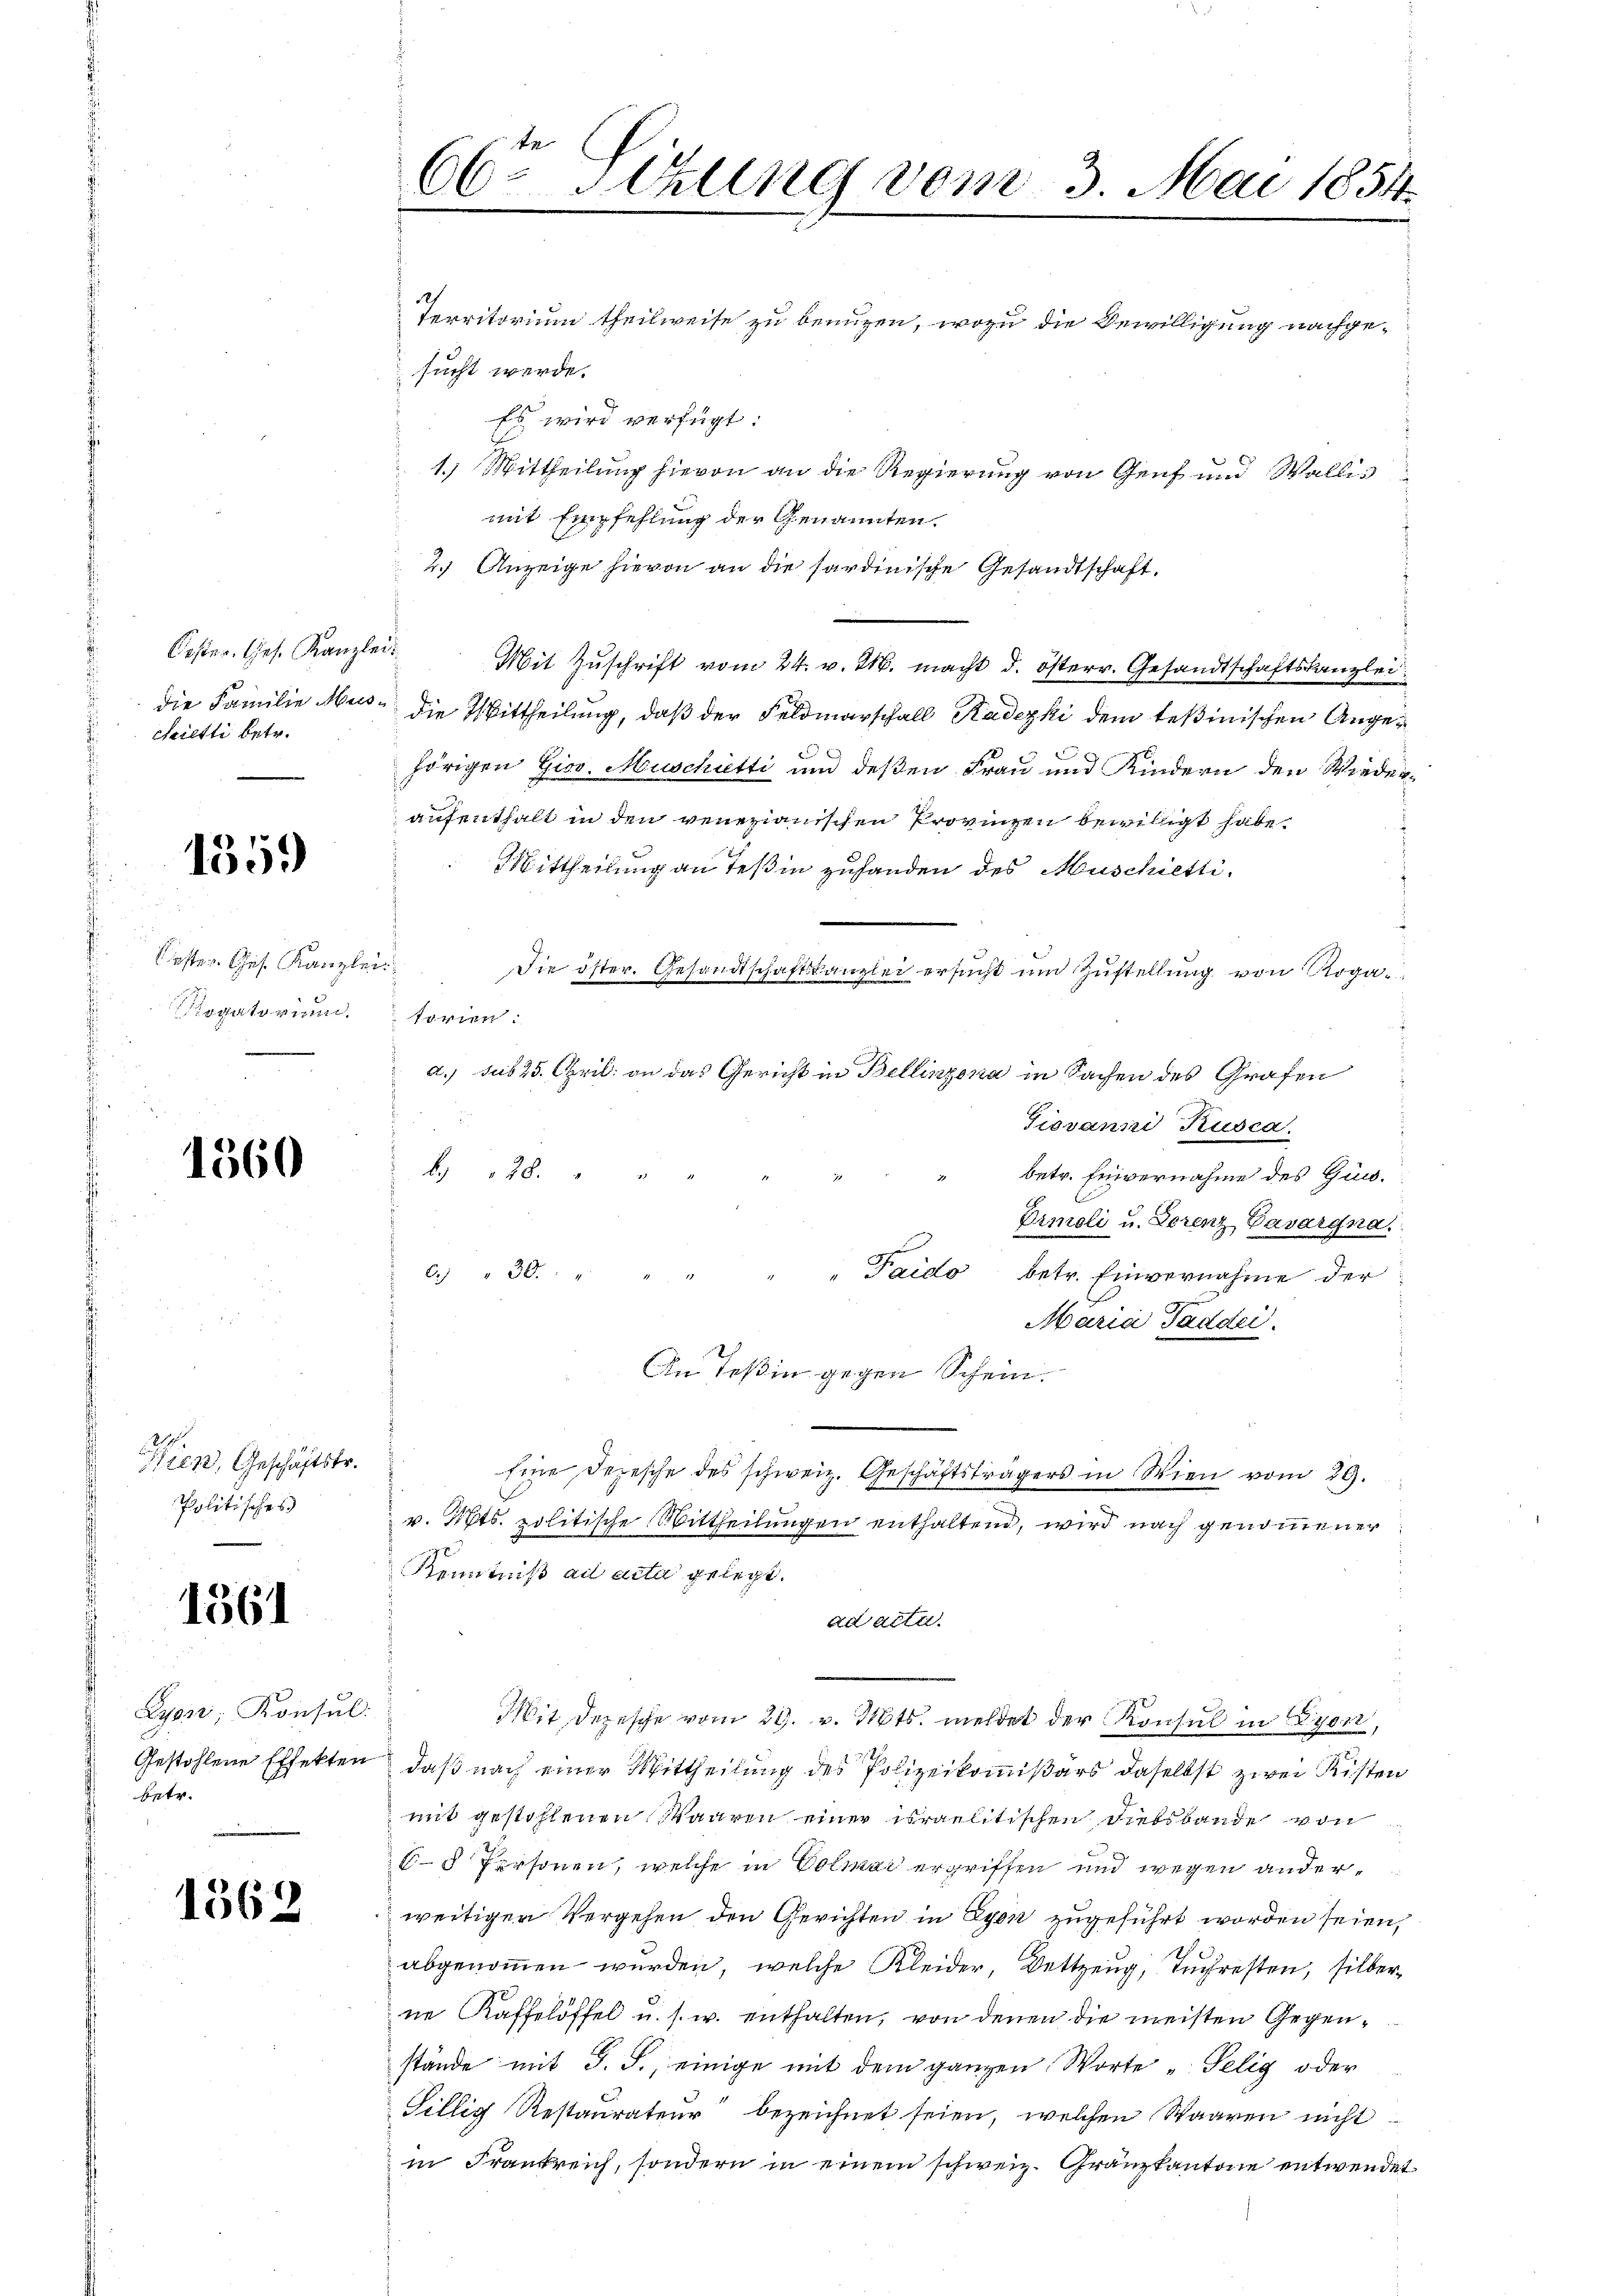
Koster. Ges. Kanzlei.
die Familie Mus¬
Saietti betr.

1359

ester. Ges. Kanzl
ogatorinn

1360

Wien, Geschäftstr.
Politisches

1361

Lyon, Konsul
Gestohlene Effekten
Sptr.

1369

66te Sitzung vom 3. Mai 1854.

d
sucht werde.
Es wird verfügt:
mit Empfehlung der Genannten,
2.) Anzeige hievon an die sardinische Gesandtschaft.
Mit Zuschrift vom 24. v. M. macht d. österr. Gesandtschaftskanzlei
die Mittheilung, daß der Feldmarschall Radezki dem Teßinischen Anged
hörigen Gior. Muschütti und deßen Frau und Kindern den Wiederaufenthalt in den venezianischen Provinzen bewilligt habe.
Mittheilung an Teßin zuhanden des Muschiettia
Die öster. Gesandtschaftskanzlei ersucht und Zustellung von Rogatorien:
f
a.) sub 25. April an das Gericht in Bellinzona in Sachen des Grafen
Giovanni Rusca.
B 128 " "
betr. Einvernahme des Gun¬
Drmoli u. Lorenz Bavargna
6. " 30. " " " " " Paido betr. Einvernahme der
Maria Paddei.
In Teßin gegen Schein.
Eine Depesche des schweiz. Geschäftsträgers in Wien vom 29.
v. Mts. politische Mittheilungen enthaltend, wird nach genommener
x
Kenntniß ad acta gelegt.
ad acter
Mit Depesche vom 29. v. Mts. meldet der Konsul in Lyon,
daß nach einer Mittheilung des Polizeikommißärs daselbst zwei Kisten
mit gestohlenen Waaren einer israelitischen Diessbande von
E 5 Personen, welche in Colmai ergriffen und wegen ander
weitigen Vergehen den Gerichten in Lyon zugeführt worden seien,
abgenommen werden, welche Kleider, Bettzeug, Tuchresten, silberne Kaffelöffel u. s. w. enthalten, von denen die meisten Gegenstände mit J. J., einige mit dem ganzen Worte „Selig oder
Tillig Restaurateur bezeichnet seien, welchen Waaren nicht
in Frankreich, sondern in einem schweiz. Gränzkantone entwendet

territorium theilweise zu benuzen, wozu die Bewilligung nachge¬
1.) Mittheilung hievon an die Regierung von Genf und Wallis